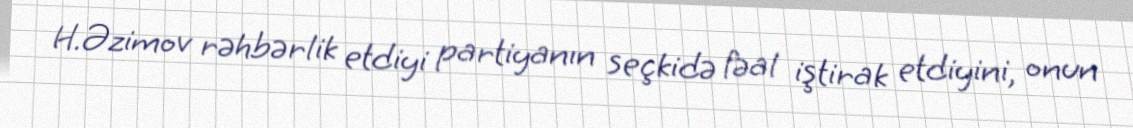
H.Əzimov rəhbərlik etdiyi partiyanın seçkidə fəal iştirak etdiyini, onun